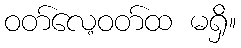
ဝတ်လေ့ဝတ်ထ မရှိ။